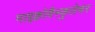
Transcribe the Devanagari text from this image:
माइक्रोवैस्कुलेचर